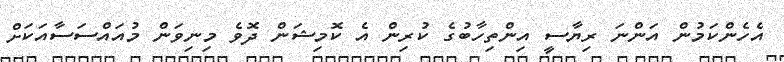
އެހެންކަމުން އަންނަ ރިޔާސީ އިންތިހާބުގެ ކުރިން އެ ކޮމިޝަން ދޮވެ މިނިވަން މުއައްސަސާއަކަށް